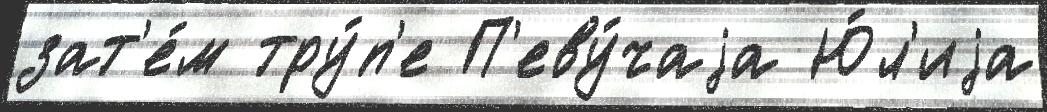
зат'е́м тру́п'е П'еву́чаjа Ю́л'иjа